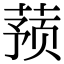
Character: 蓣